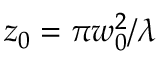
z _ { 0 } = \pi w _ { 0 } ^ { 2 } / \lambda